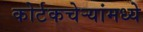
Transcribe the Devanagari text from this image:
कोर्टकचेर्‍यांमध्ये